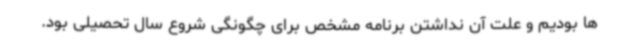
ها بودیم و علت آن نداشتن برنامه مشخص برای چگونگی شروع سال تحصیلی بود.